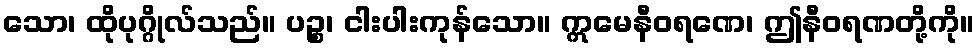
သော၊ ထိုပုဂ္ဂိုလ်သည်။ ပဉ္စ၊ ငါးပါးကုန်သော။ ဣမေနီဝရဏေ၊ ဤနီဝရဏတို့ကို။